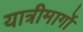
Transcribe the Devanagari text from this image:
यात्रीमार्गो